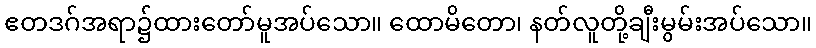
ဧတဒဂ်အရာ၌ထားတော်မူအပ်သော။ ထောမိတော၊ နတ်လူတို့ချီးမွမ်းအပ်သော။